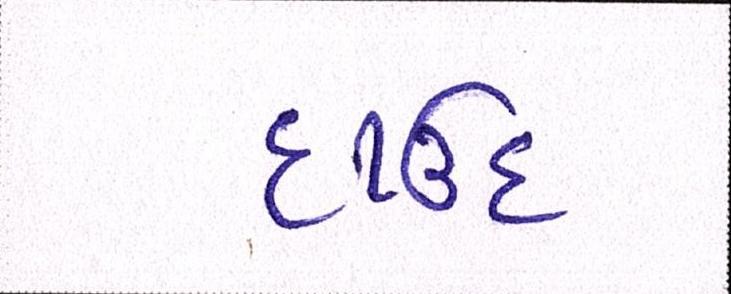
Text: દાઉદ